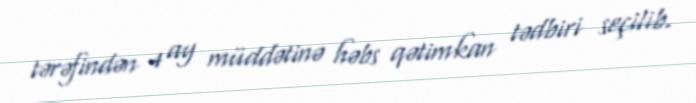
tərəfindən 4 ay müddətinə həbs qətimkan tədbiri seçilib.